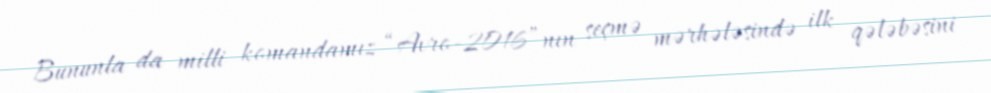
Bununla da milli komandamız “Avro-2016”nın seçmə mərhələsində ilk qələbəsini